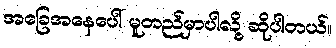
အခြေအနေပေါ် မူတည်မှာပါလို့ ဆိုပါတယ်။